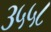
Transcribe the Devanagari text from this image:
३५५८